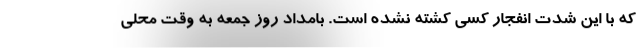
که با این شدت انفجار کسی کشته نشده است. بامداد روز جمعه به وقت محلی